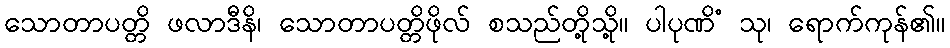
သောတာပတ္တိ ဖလာဒီနိ၊ သောတာပတ္တိဖိုလ် စသည်တို့သို့။ ပါပုဏိံ သု၊ ရောက်ကုန်၏။